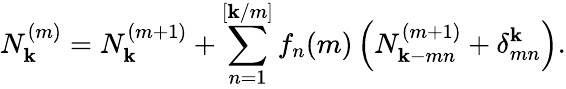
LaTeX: N_{\mathbf{k}}^{(m)}=N_{\mathbf{k}}^{(m+1)}+\sum_{n=1}^{[\mathbf{k}/m]}f_{n}(m)\left(N_{\mathbf{k}-mn}^{(m+1)}+\delta_{mn}^{\mathbf{k}}\right).